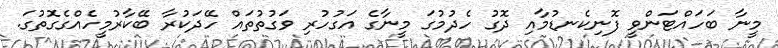
މީނާ ބަހައްޓަންވީ ފޮނިކެނޑުމާއި ދޮގު ހެދުމުގަ މީނާގެ އަގުހުރި ވަގުތުތައް ހޭދަކުރާ ބޭކާރުމީހެއްގެގޮތުގަ.